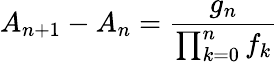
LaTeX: A_{n+1}-A_{n}={\frac{g_{n}}{\prod_{k=0}^{n}f_{k}}}